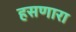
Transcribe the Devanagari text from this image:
हसणारा